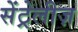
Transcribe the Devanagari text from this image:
सेंट्रेलीज़